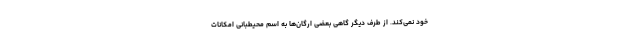
خود نمی‌کند. از طرف دیگر گاهی بعضی ارگان‌ها به اسم محیطبانی امکانات